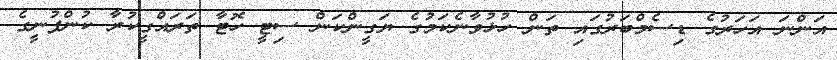
އަންނަ އަހަރުގެ ޑިސެމްބަރުގައި ތަން ހުޅުވާނެކަމުގެ ޔަގީންކަން ސިޓީ ހޮޓާ ތަރައްގީކުރާ ކުންފުނީގެ